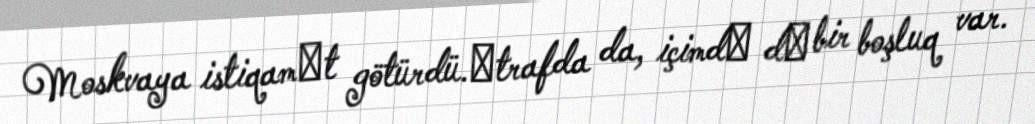
Moskvaya istiqamәt götürdü.Әtrafda da, içimdә dә bir boşluq var.